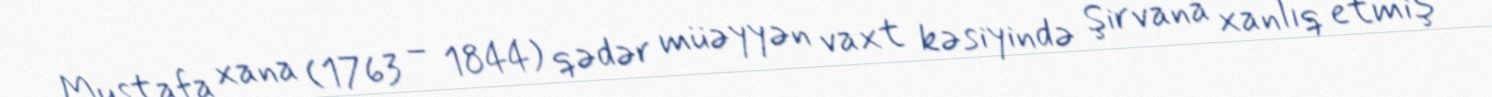
Mustafa xana (1763 – 1844) qədər müəyyən vaxt kəsiyində Şirvana xanlıq etmiş